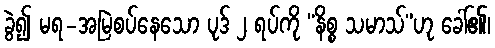
ခွဲ၍ မရ-အမြဲစပ်နေသော ပုဒ် ၂ ရပ်ကို “နိစ္စ သမာသ်”ဟု ခေါ်၏၊